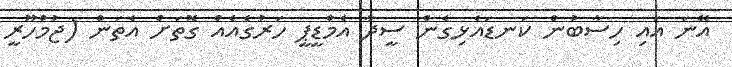
އޭނަ އައި ހިސާބުން ކަނޑައެޅިގެން ސީދާ އެމްޑީޕީ ހަރުގެއެއް ގޮތަށް އެތަން (ޖުމްހޫރީ